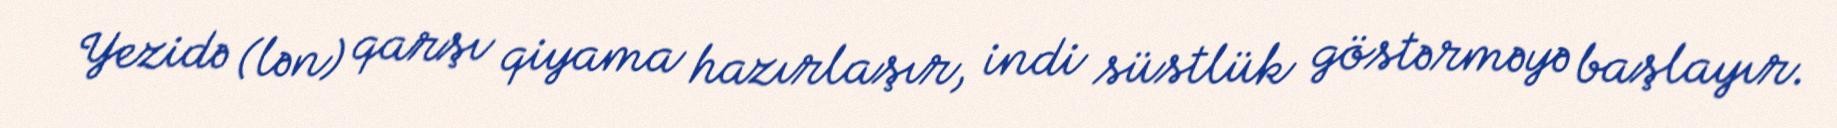
Yezidə (lən) qarşı qiyama hazırlaşır, indi süstlük göstərməyə başlayır.